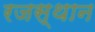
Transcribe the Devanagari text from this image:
रजस्थान